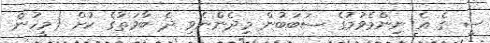
ސީ ގެ އެ ނިންމެވުމުގެ ސަބަބުން މިދެންނެވި ދެ ބާވަތުގެ ކުށް (މީހުން